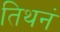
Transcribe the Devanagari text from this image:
तिथनं